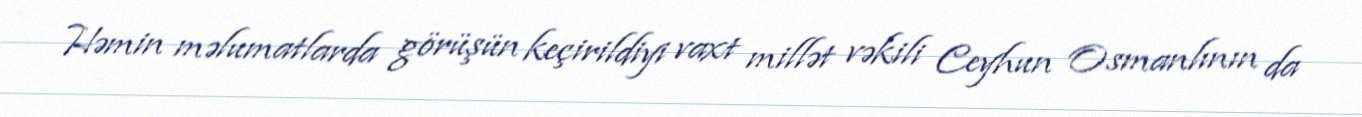
Həmin məlumatlarda görüşün keçirildiyi vaxt millət vəkili Ceyhun Osmanlının da